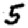
Digit: 5